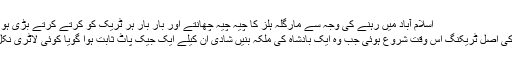
اسلام آباد میں رہنے کی وجہ سے مارگلہ ہلز کا چیہ چیہ چھانتے اور بار بار ہر ٹریک کو کرتے کرتے بڑی ہو گئی-
فرح کی اصل ٹریکنگ اس وقت شروع ہوئی جب وہ ایک بادشاہ کی ملکہ بنیں شادی ان کیلے ایک جیک پاٹ ثابت ہوا گویا کوئی لاٹری نکل آئی۔